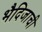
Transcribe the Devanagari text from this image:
भैदिजाची